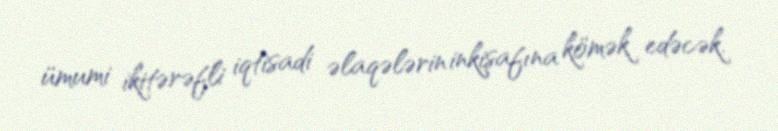
ümumi ikitərəfli iqtisadi əlaqələrin inkişafına kömək edəcək.